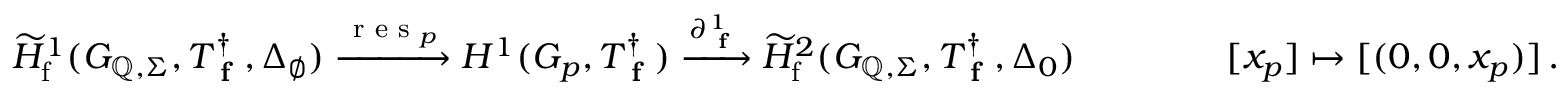
\widetilde { H } _ { \mathrm { f } } ^ { 1 } ( G _ { \mathbb { Q } , \Sigma } , T _ { \textup { \bf f } } ^ { \dagger } , \Delta _ { \emptyset } ) \xrightarrow { \textup { r e s } _ { p } } H ^ { 1 } ( G _ { p } , T _ { \textup { \bf f } } ^ { \dagger } ) \xrightarrow { \partial _ { \textup { \bf f } } ^ { 1 } } \widetilde { H } _ { \mathrm { f } } ^ { 2 } ( G _ { \mathbb { Q } , \Sigma } , T _ { \textup { \bf f } } ^ { \dagger } , \Delta _ { 0 } ) \, \qquad \qquad [ x _ { p } ] \mapsto [ ( 0 , 0 , x _ { p } ) ] \, .